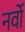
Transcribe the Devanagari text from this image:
नर्वो